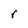
Character: r